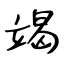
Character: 竭